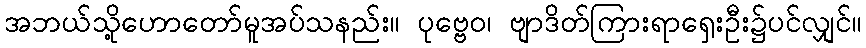
အဘယ်သို့ဟောတော်မူအပ်သနည်း။ ပုဗ္ဗေဝ၊ ဗျာဒိတ်ကြားရာရှေးဦး၌ပင်လျှင်။